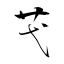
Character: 芅